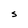
Character: S